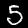
Digit: 5